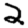
Digit: 2